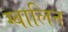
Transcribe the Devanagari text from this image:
ग्वालिन